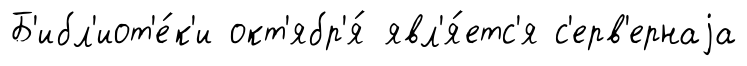
Б'ибл'иот'е́к'и окт'ябр'я́ явл'я́етс'я с'ерв'ернаjа